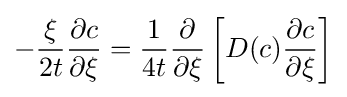
-{\frac {\xi }{2t}}{\frac {\partial c}{\partial \xi }}={\frac {1}{4t}}{\frac {\partial }{\partial \xi }}\left[D(c){\frac {\partial c}{\partial \xi }}\right]